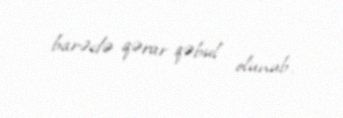
barədə qərar qəbul olunub.